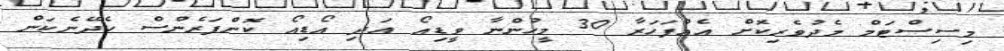
މިސިސްޓަމް މެދުވެރިކޮށް އެއްފަހަރާ 30 މީހުންނާ ވީޑިއޯ އަދި އޯޑިއޯ ކޮންފަރެންސް ހެދޭނެކަން